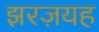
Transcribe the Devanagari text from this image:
झरज़यह